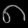
Digit: ၈